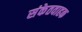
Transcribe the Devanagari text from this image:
संकेतवाहक